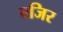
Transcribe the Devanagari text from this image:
वजिर